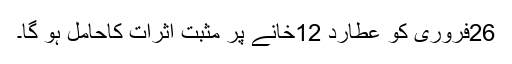
26فروری کو عطارد 12خانے پر مثبت اثرات کاحامل ہو گا۔